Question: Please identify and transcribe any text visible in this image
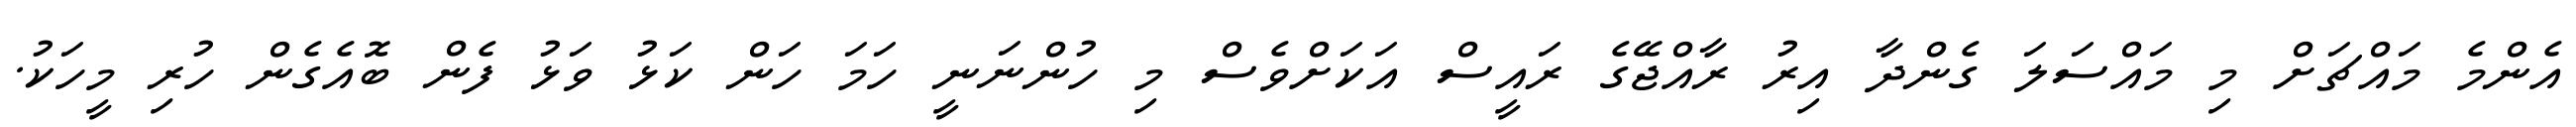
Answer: އެންމެ މައްޗަށް މި މައްސަލަ ގެންދާ އިރު ރާއްޖޭގެ ރައީސް އަކަށްވެސް މި ހުންނަނީ ހަމަ ހަން ކަޅު ވަޅު ފެން ބޮއެގެން ހުރި މީހަކު.